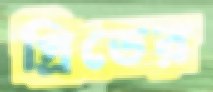
গ্রিডের